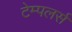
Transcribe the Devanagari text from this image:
टेम्पलर्स